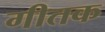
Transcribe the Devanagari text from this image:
गीतक